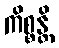
ကိစ္စန္တိ